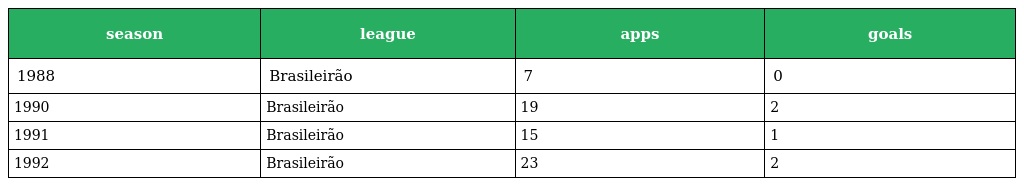
| season | league | apps | goals |
 | --- | --- | --- | --- |
 | 1988 | Brasileirão | 7 | 0 |
 | 1990 | Brasileirão | 19 | 2 |
 | 1991 | Brasileirão | 15 | 1 |
 | 1992 | Brasileirão | 23 | 2 |